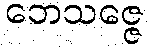
ဘေသဇ္ဇေ